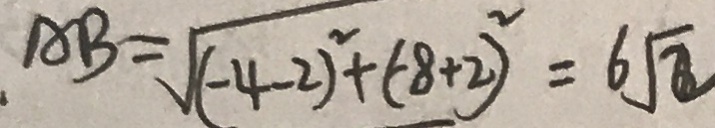
A B = \sqrt { ( - 4 - 2 ) ^ { 2 } + ( - 8 + 2 ) ^ { 2 } } = 6 \sqrt { 2 }